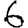
Digit: 6